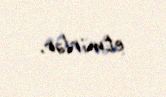
etmirlər.